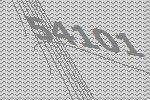
54101